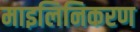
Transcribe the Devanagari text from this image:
माइलिनिकरण